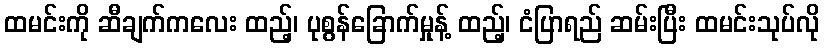
ထမင်းကို ဆီချက်ကလေး ထည့်၊ ပုစွန်ခြောက်မှုန့် ထည့်၊ ငံပြာရည် ဆမ်းပြီး ထမင်းသုပ်လို